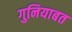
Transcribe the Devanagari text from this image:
गुनियाबत